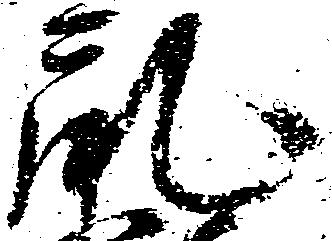
乱